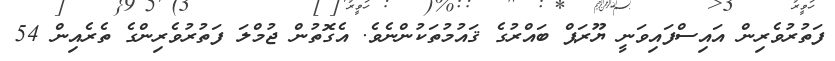
ފަތުރުވެރިން އައިސްފައިވަނީ ޔޫރަޕް ބައްރުގެ ޤައުމުތަކުންނެވެ. އެގޮތުން ޖުމްލަ ފަތުރުވެރިންގެ ތެރެއިން 54